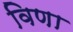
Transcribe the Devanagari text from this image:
विणा